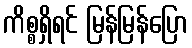
ကိစ္စရှိရင် မြန်မြန်ပြော